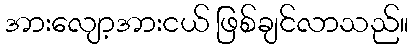
အားလျော့အားငယ် ဖြစ်ချင်လာသည်။